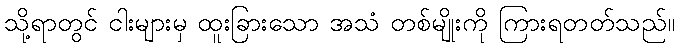
သို့ရာတွင် ငါးများမှ ထူးခြားသော အသံ တစ်မျိုးကို ကြားရတတ်သည်။